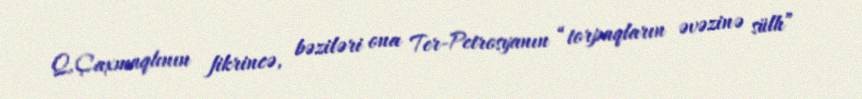
Q.Çaxmaqlının fikrincə, bəziləri ona Ter-Petrosyanın “torpaqların əvəzinə sülh”